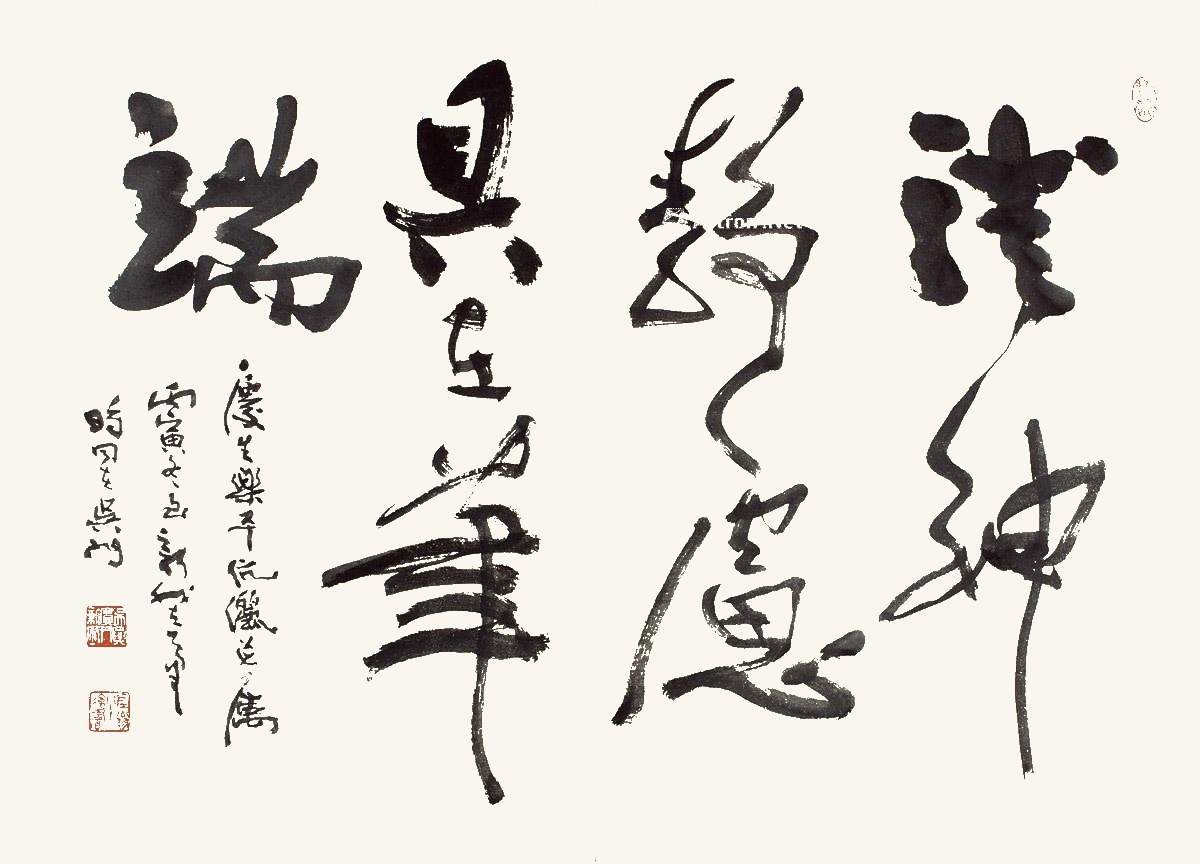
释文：澄神静虑，具在笔端。庆生、乐平伉俪并属。丙寅冬至，新我左笔，时同在吴门。